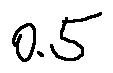
0 . 5